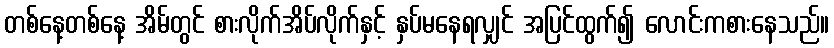
တစ်နေ့တစ်နေ့ အိမ်တွင် စားလိုက်အိပ်လိုက်နှင့် နှပ်မနေရလျှင် အပြင်ထွက်၍ လောင်းကစားနေသည်။